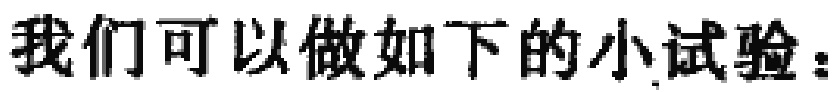
我们可以做如下的小试验：